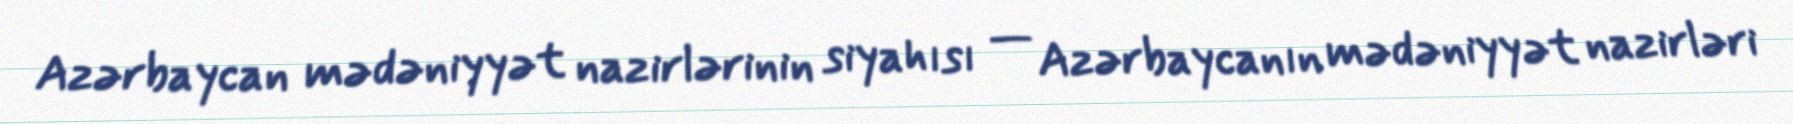
Azərbaycan mədəniyyət nazirlərinin siyahısı — Azərbaycanın mədəniyyət nazirləri